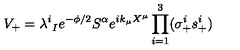
V _ { + } = \lambda _ { \ I } ^ { i } e ^ { - \phi / 2 } S ^ { \alpha } e ^ { i k _ { \mu } X ^ { \mu } } \prod _ { i = 1 } ^ { 3 } ( \sigma _ { + } ^ { i } s _ { + } ^ { i } )